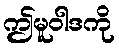
ဤမူဝါဒကို